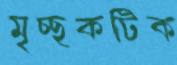
মৃচ্ছকটিক